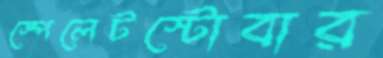
স্পেলেটস্টোবার